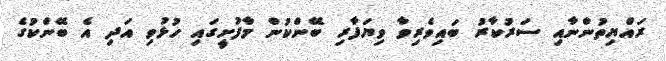
ރައްޔިތުންނާއި ސަރުކާރު ބައިވެރިވާ ވިޔަފާރި ބޭންކުން މާފުށީގައި ހުޅުވި އަދި އެ ބޭންކުގެ